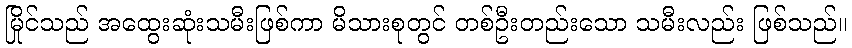
မြိုင်သည် အထွေးဆုံးသမီးဖြစ်ကာ မိသားစုတွင် တစ်ဦးတည်းသော သမီးလည်း ဖြစ်သည်။